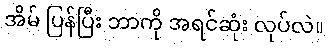
အိမ် ပြန်ပြီး ဘာကို အရင်ဆုံး လုပ်လဲ။